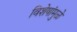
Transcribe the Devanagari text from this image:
विशेषांमुळे